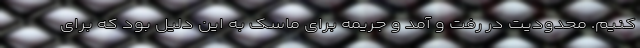
کنیم. محدودیت در رفت و آمد و جریمه برای ماسک به این دلیل بود که برای